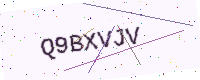
Text: Q9BXVJV